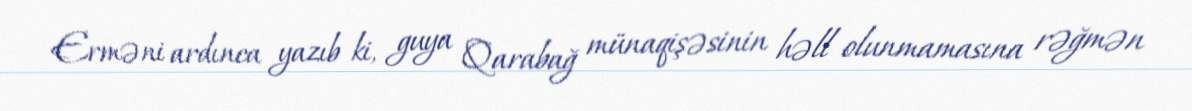
Erməni ardınca yazıb ki, guya Qarabağ münaqişəsinin həll olunmamasına rəğmən